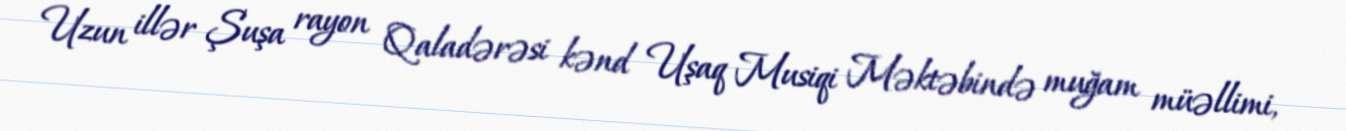
Uzun illər Şuşa rayon Qaladərəsi kənd Uşaq Musiqi Məktəbində muğam müəllimi,